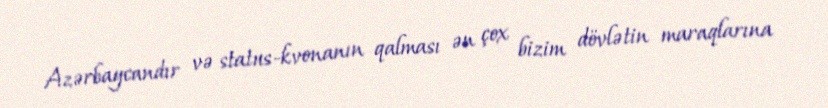
Azərbaycandır və status-kvonanın qalması ən çox bizim dövlətin maraqlarına